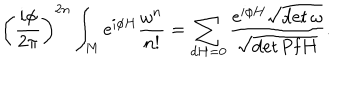
\left( \frac { i \phi } { { 2 \pi } } \right) ^ { 2 n } \int _ { M } \mathrm { e } ^ { i \phi H } \frac { \omega ^ { n } } { n ! } = \sum _ { d H = 0 } \frac { \mathrm { e } ^ { i \phi H } { { \sqrt { \det \omega } } } } { \sqrt { \det \mathrm { P f } H } } .